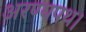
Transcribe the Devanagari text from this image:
अरण्यपथ।